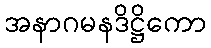
အနာဂမနဒိဋ္ဌိကော